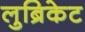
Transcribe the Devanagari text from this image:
लुब्रिकेट